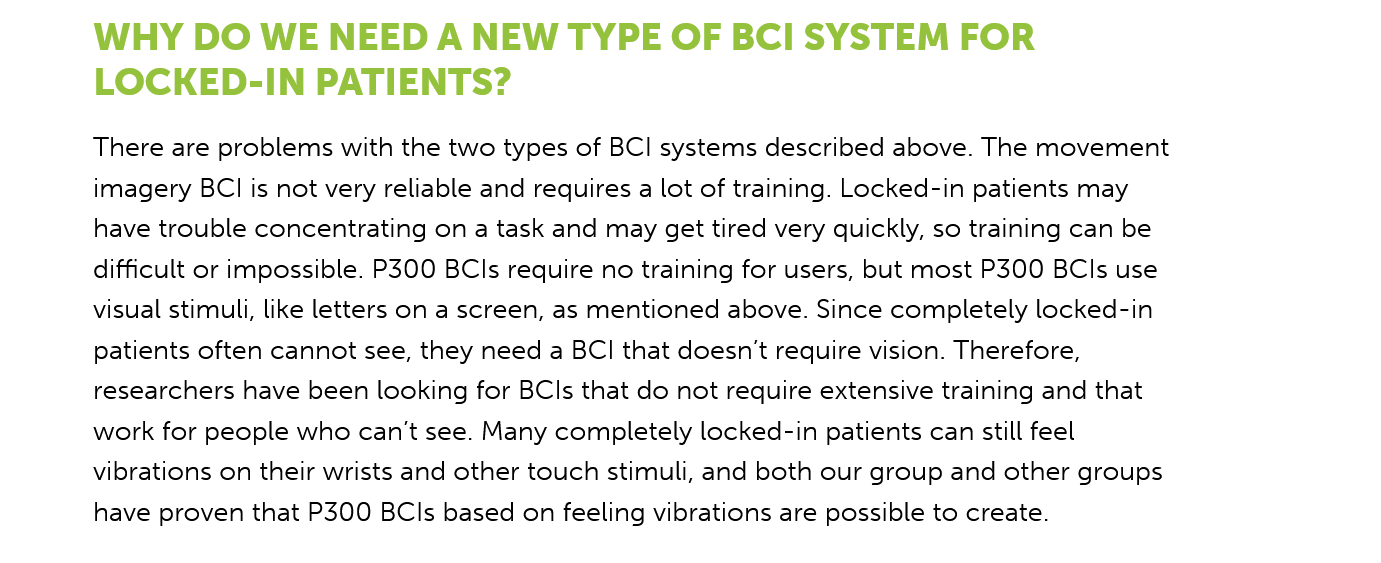
WHY    DO  WE NEED    A  NEW   TYPE  OF  BCI    SYSTEM    FOR
     LOCKED-IN    PATIENTS?
     There are problems with the two types of BCI systems described above. The movement
     imagery BCI is not very reliable and requires a lot of training. Locked-in patients may
     have trouble concentrating on a task and may get tired very quickly, so training can be
     difficult or impossible. P300 BCls require no training for users, but most P300 BCls use
     visual stimuli, like letters on a screen, as mentioned above. Since completely locked-in
     patients often cannot see, they need a BCI that doesn't require vision. Therefore,
     researchers have been looking for BCls that do not require extensive training and that
     work for people who can't see. Many completely locked-in patients can still feel
     vibrations on their wrists and other touch stimuli, and both our group and other groups
     have proven that P300 BCls based on feeling vibrations are possible to create.